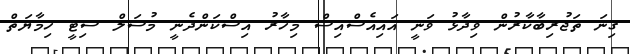
ގިނަ ތަޖުރިބާކާރުން ވިދާޅު ވަނީ އައިއެސްއިސް މިހާރު އިސްކަންދެނީ މުސަލް ސިޓީ ހިމާޔަތް